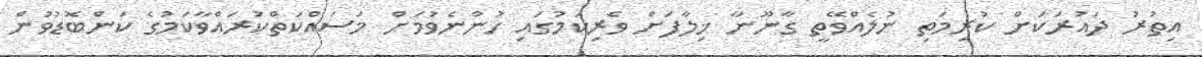
އިތުރު ދައުރަކަށް ކުރިމަތި ނުލެއްވޭތީ ގާނޫނާ ޚިލާފަށް ވެރިކަމުގައި ހުންނެވުމަށް މަސައްކަތްކުރައްވާކަމުގެ ކަންބޮޑުވުން